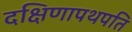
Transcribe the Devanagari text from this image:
दक्षिणापथपति